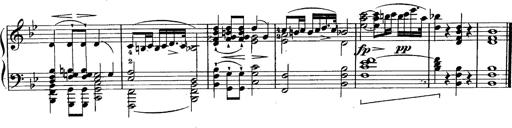
Title: Schubert's Impromptus [revised and edited by Franz Liszt]
Composer: Franz Liszt